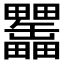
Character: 𤴊